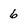
Character: 6